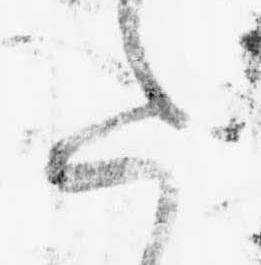
た